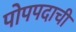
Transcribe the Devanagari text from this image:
पोपपदाची